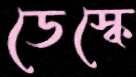
ডেস্কে